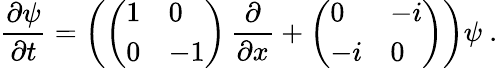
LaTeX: \frac{\partial\psi}{\partial t}=\left(\left(\begin{array}{ll}{{1}}&{{0}}\\ {{0}}&{{-1}}\end{array}\right)\, \frac{\partial}{\partial x}+\left(\begin{array}{ll}{{0}}&{{-i}}\\ {{-i}}&{{0}}\end{array}\right)\right)\psi\ .